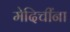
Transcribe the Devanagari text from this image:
मेदिचींना